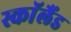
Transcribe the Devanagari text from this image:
स्काॅलैंड